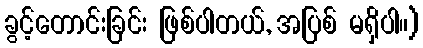
ခွင့်တောင်းခြင်း ဖြစ်ပါတယ်, အပြစ် မရှိပါ။)